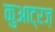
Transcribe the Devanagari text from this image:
कुआट्रज़